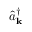
\hat { a } _ { \bf k } ^ { \dagger }